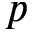
p